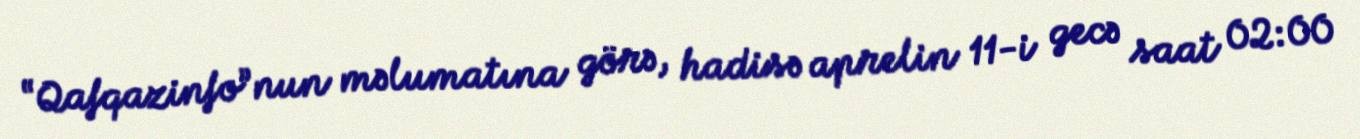
“Qafqazinfo”nun məlumatına görə, hadisə aprelin 11-i gecə saat 02:00